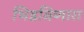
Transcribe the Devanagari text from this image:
भिडविणारा